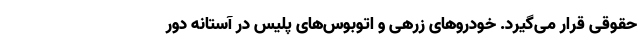
حقوقی قرار می‌گیرد. خودروهای زرهی و اتوبوس‌های پلیس در آستانه دور